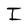
Character: I